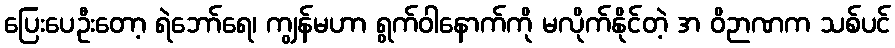
ပြေးပေဦးတော့ ရဲဘော်ရေ၊ ကျွန်မဟာ ရွက်ဝါနောက်ကို မလိုက်နိုင်တဲ့ အ ဝိဉာဏက သစ်ပင်